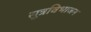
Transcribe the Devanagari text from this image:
सूत्रविभाजन